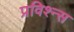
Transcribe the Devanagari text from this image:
प्रविश्न्स